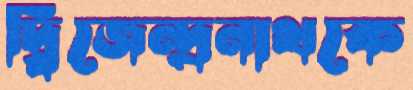
দ্বিজেন্দ্রনাথকে